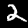
Label: 2